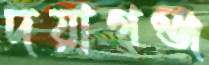
দয়াগঞ্জ